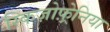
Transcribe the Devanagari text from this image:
स्किज़ोफ़्रेनिया